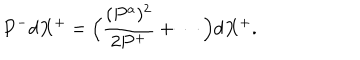
P ^ { - } d X ^ { + } = \Big ( { \frac { ( P ^ { a } ) ^ { 2 } } { 2 P ^ { + } } } + \cdots \Big ) d X ^ { + } .